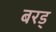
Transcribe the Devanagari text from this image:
बरड्